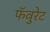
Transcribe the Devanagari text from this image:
फॅवुरेट